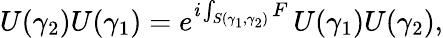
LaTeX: U(\gamma_{2})U(\gamma_{1})=e^{\mathit{i}\int_{S(\gamma_{1},\gamma_{2})}F}\, U(\gamma_{1})U(\gamma_{2}),